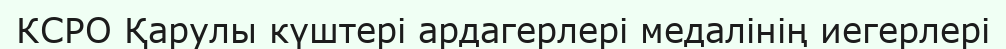
КСРО Қарулы күштері ардагерлері медалінің иегерлері